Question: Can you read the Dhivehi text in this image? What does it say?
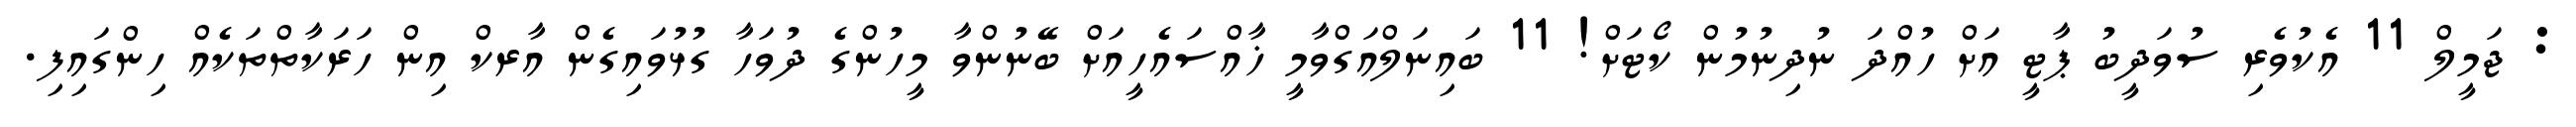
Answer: : ޖަމީލް 11 އެކުވެރި ސުވަދީބު ޕާޓީ އަށް ހުއްދަ ނުދިނުމުން ކޯޓަށް! 11 ބައިނަލްއަގްވާމީ ޚާއްސައެހީއަށް ބޭނުންވާ މީހުންގެ ދުވަހާ ގުޅުވައިގެން އާރކް އިން ހަރަކާތްތަކެއް ހިންގައިފި.